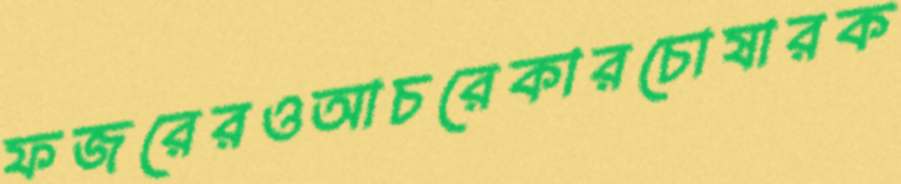
ফজরেরওআচরেকারচোষারক